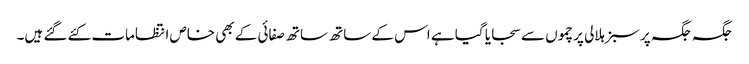
جگہ جگہ پر سبز ہلالی پرچموں سے سجایا گیا ہے اس کے ساتھ ساتھ صفائی کے بھی خاص انتظامات کئے گئے ہیں۔